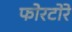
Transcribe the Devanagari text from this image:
फोरटोरे